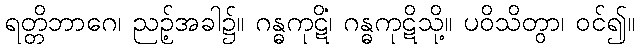
ရတ္တိဘာဂေ၊ ညဉ့်အခါ၌။ ဂန္ဓကုဋိံ၊ ဂန္ဓကုဋိသို့။ ပဝိသိတွာ၊ ဝင်၍။